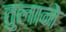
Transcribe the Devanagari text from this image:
तुलाने